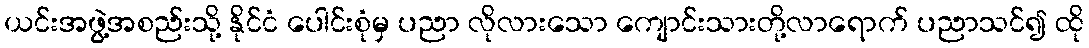
ယင်းအဖွဲ့အစည်းသို့ နိုင်ငံ ပေါင်းစုံမှ ပညာ လိုလားသော ကျောင်းသားတို့လာရောက် ပညာသင်၍ ထို